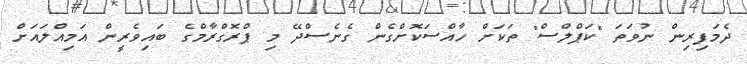
ދެމަފިރިން ނުވަތަ "ކަޕްލްސް" ތަކަށް ހާއްސަކޮށްގެން ގެނެސްދޭ މި ޕްރޮގްރާމްގެ ބައިވެރީން އަމިއްލައަށް